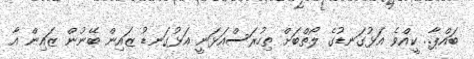
ބައްޕާ.. ކީއްވެ އަޅުގަނޑުގެ ލޯތްބަށް ތިހުރަސްއަޅަނީ އަޅުގަނޑު ޒައިން ބޭނުން ޒައިން އާ